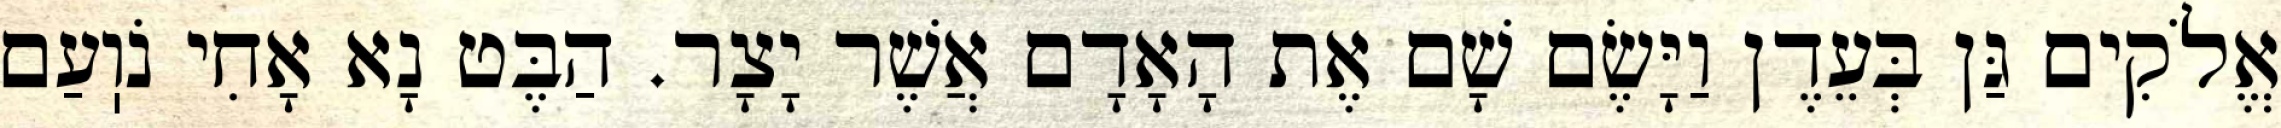
אֱלֹקִים גַּן בְּעֵדֶן וַיָּשֶׂם שָׁם אֶת הָאָדָם אֲשֶׁר יָצָר. הַבֶּט נָא אָחִי נֹוֽעַם